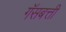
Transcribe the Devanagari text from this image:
गॅसबत्ती